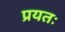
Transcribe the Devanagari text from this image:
प्रयतः